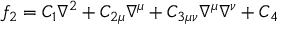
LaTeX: f _ { 2 } = C _ { 1 } \nabla ^ { 2 } + C _ { 2 \mu } \nabla ^ { \mu } + C _ { 3 \mu \nu } \nabla ^ { \mu } \nabla ^ { \nu } + C _ { 4 }